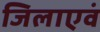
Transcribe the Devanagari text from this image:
जिलाएवं